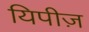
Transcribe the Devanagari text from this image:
यिपीज़